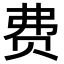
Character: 费